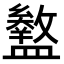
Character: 𥃊